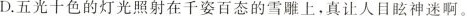
D.五光十色的灯光照射在千姿百态的雪雕上，真让人目眩神迷啊。